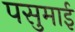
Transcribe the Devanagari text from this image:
पसुमाई